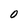
Character: 0